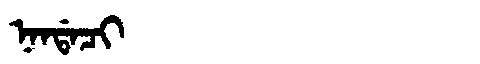
Manchu: ᠨᠠᠨᡩᠠᠴᡳ
Romanization: NANDACI